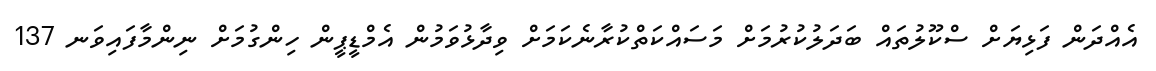
އެއްދަން ފަޅިޔަށް ސްކޫލުތައް ބަދަލުކުރުމަށް މަސައްކަތްކުރާނެކަމަށް ވިދާޅުވަމުން އެމްޑީޕީން ހިންގުމަށް ނިންމާފައިވަނ 137